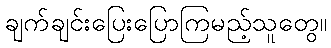
ချက်ချင်းပြေးပြောကြမည့်သူတွေ။